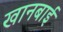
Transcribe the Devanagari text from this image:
खानबाई